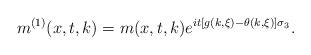
LaTeX: \begin{align*} m^{(1)}(x,t,k)=m(x,t,k)e^{it[g(k,\xi)-\theta(k,\xi)]\sigma_3}.\end{align*}